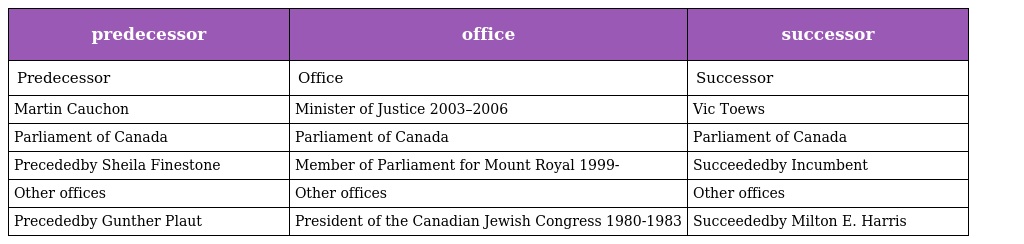
| predecessor | office | successor |
 | --- | --- | --- |
 | Predecessor | Office | Successor |
 | Martin Cauchon | Minister of Justice 2003–2006 | Vic Toews |
 | Parliament of Canada | Parliament of Canada | Parliament of Canada |
 | Precededby Sheila Finestone | Member of Parliament for Mount Royal 1999- | Succeededby Incumbent |
 | Other offices | Other offices | Other offices |
 | Precededby Gunther Plaut | President of the Canadian Jewish Congress 1980-1983 | Succeededby Milton E. Harris |